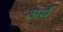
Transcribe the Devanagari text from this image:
अर्थं